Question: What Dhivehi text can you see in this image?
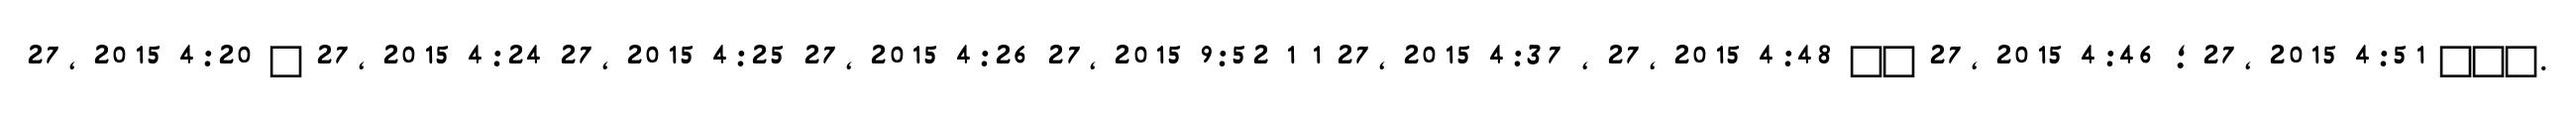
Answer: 27, 2015 4:20 ? 27, 2015 4:24 27, 2015 4:25 27, 2015 4:26 27, 2015 9:52 1 1 27, 2015 4:37 , 27, 2015 4:48 ?? 27, 2015 4:46 ; 27, 2015 4:51 ???.